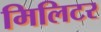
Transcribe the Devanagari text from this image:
मिलिटर